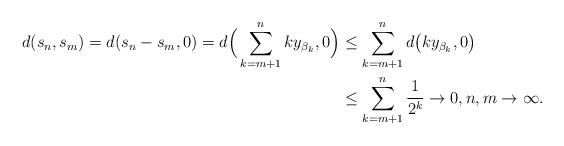
LaTeX: \begin{align*}d(s_n,s_m) = d(s_n-s_m,0)=d\Big(\sum_{k=m+1}^n ky_{\beta_k},0\Big) &\leq \sum_{k=m+1}^n d\big(ky_{\beta_k},0\big)\\ &\leq \sum_{k=m+1}^n \frac{1}{2^k} \to 0, n,m \to \infty.\end{align*}